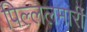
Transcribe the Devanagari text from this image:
पिल्‍ललमार्री